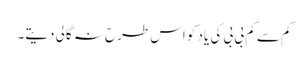
کم سے کم بی بی کی یاد کو اس طرح نہ گالی دیتے۔